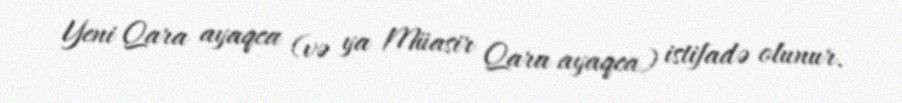
Yeni Qara ayaqca (və ya Müasir Qara ayaqca) istifadə olunur.